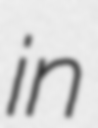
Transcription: in